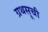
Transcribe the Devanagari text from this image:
ग्रथसूची